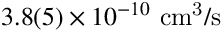
3 . 8 ( 5 ) \times 1 0 ^ { - 1 0 } ~ \mathrm { { c m ^ { 3 } / s } }